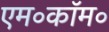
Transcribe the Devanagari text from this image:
एम॰कॉम॰